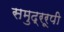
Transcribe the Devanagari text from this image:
समुद्ररूपी